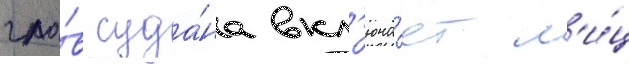
гла́в суда́на вкл'юча́ет л'и́ц